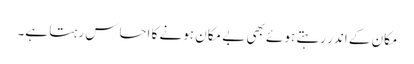
مکان کے اندر رہتے ہوئے بھی بے مکان ہونے کا احساس رہتا ہے۔